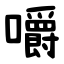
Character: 嚼